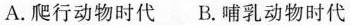
A.爬行动物时代B.哺乳动物时代